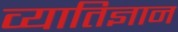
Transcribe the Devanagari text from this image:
व्यातिज्ञान